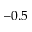
- 0 . 5